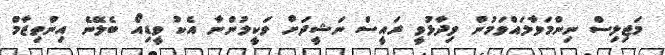
މަޖިލިސް ނިންމަވާލައްވަމުން ވިދާޅުވީ ރައީސް ނަޝީދަށް ވަކީލުންނާ އެކު ވީޑިއޯ ބެލޭނެ އިންތިޒާމް